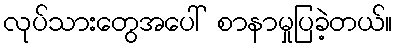
လုပ်သားတွေအပေါ် စာနာမှုပြခဲ့တယ်။